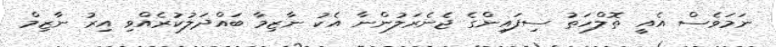
ނަމަވެސް އެއީ ތޮލްހަތު ސިފައިންގެ ޖެނެރަލުންނާ އެކު ނާޒިމާ ބައްދަލުކުރެއްވި އިރު ނާޒިމް